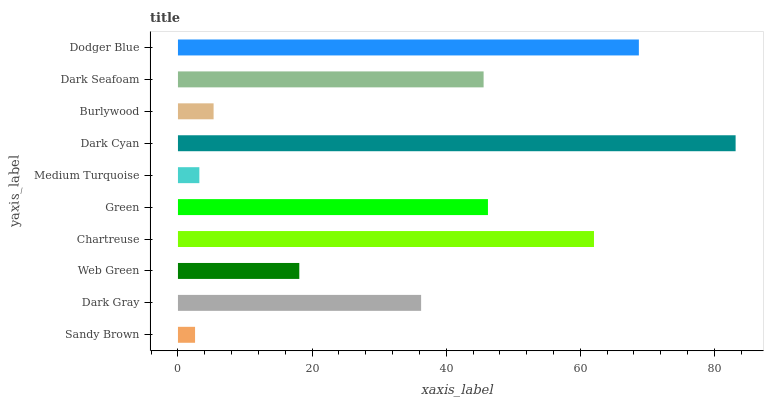
| yaxis_label | bars |
 | --- | --- |
 | Sandy Brown | 2.55 |
 | Dark Gray | 36.3 |
 | Web Green | 18.1 |
 | Chartreuse | 62 |
 | Green | 46.2 |
 | Medium Turquoise | 3.19 |
 | Dark Cyan | 83.2 |
 | Burlywood | 5.31 |
 | Dark Seafoam | 45.6 |
 | Dodger Blue | 68.7 |